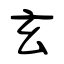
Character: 玄